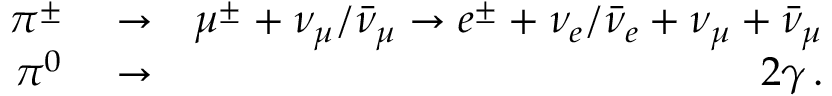
\begin{array} { r l r } { \pi ^ { \pm } } & { { } \rightarrow } & { \mu ^ { \pm } + \nu _ { \mu } / \bar { \nu } _ { \mu } \rightarrow e ^ { \pm } + \nu _ { e } / \bar { \nu } _ { e } + \nu _ { \mu } + \bar { \nu } _ { \mu } } \\ { \pi ^ { 0 } } & { { } \rightarrow } & { 2 \gamma \, . } \end{array}